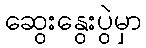
ဆွေးနွေးပွဲမှာ